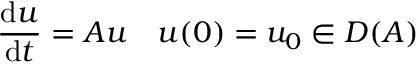
{ \frac { \mathrm { d } u } { \mathrm { d } t } } = A u \quad u ( 0 ) = u _ { 0 } \in D ( A )